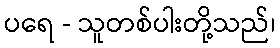
ပရေ - သူတစ်ပါးတို့သည်၊